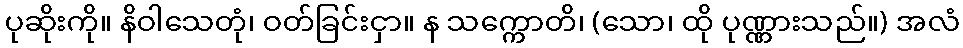
ပုဆိုးကို။ နိဝါသေတုံ၊ ဝတ်ခြင်းငှာ။ န သက္ကောတိ၊ (သော၊ ထို ပုဏ္ဏားသည်။) အလံ